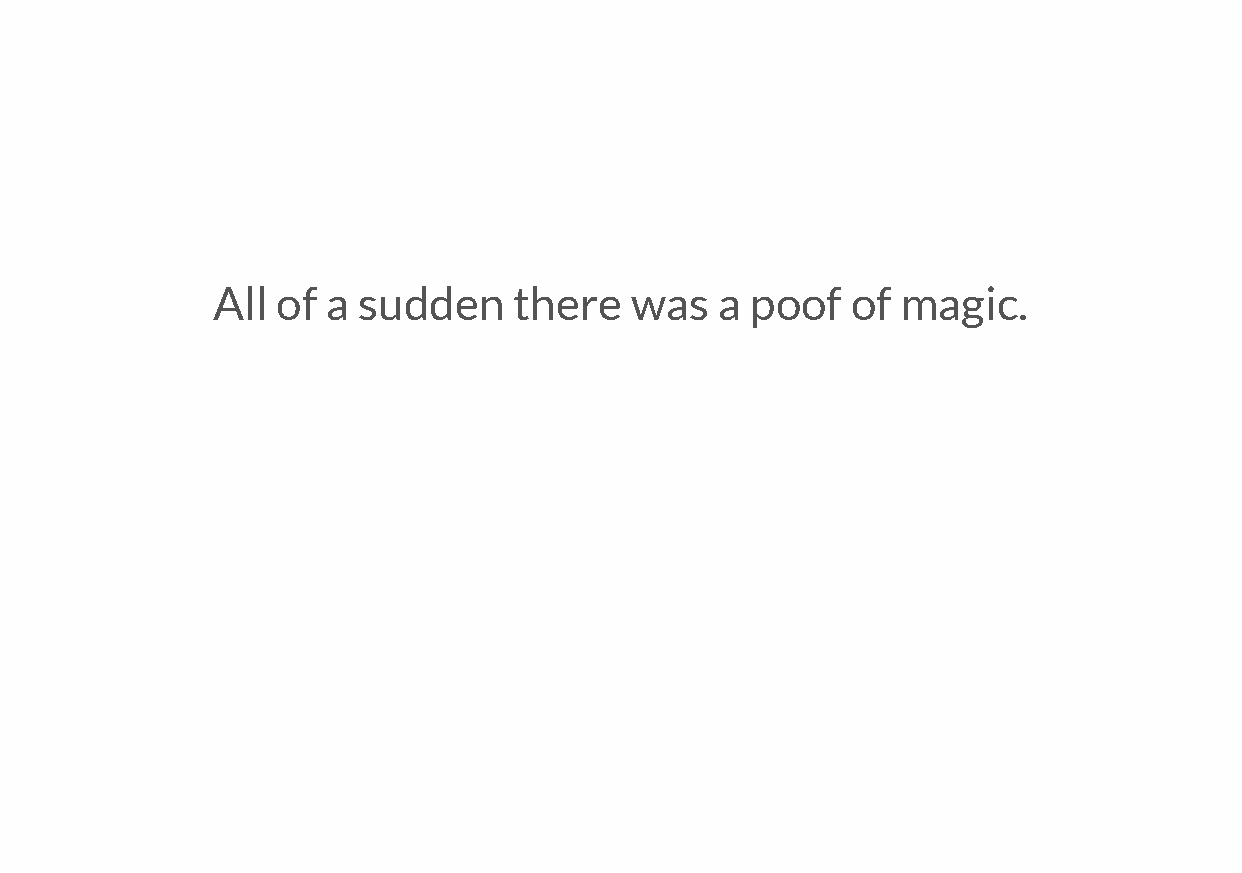
All of  a sudden    there   was   a poof  of  magic.